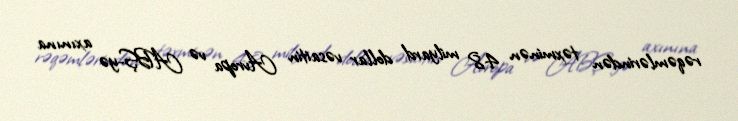
rəqəmlərindən təxminən 4,8 milyard dollar vəsaitin Avropa və ABŞ-yə axınına